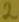
Text: 2